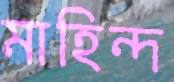
মাহিন্দ